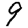
Digit: 9